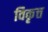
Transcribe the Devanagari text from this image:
विकृत्त